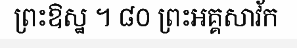
ព្រះឱស្ឋ ។ ៨០ ព្រះអគ្គសាវ័ក